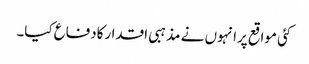
کئی مواقع پرانہوں نے مذہبی اقدارکادفاع کیا۔